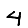
Digit: 4